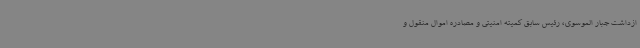
ازداشت جبار الموسوی، رئیس سابق کمیته امنیتی و مصادره اموال منقول و